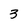
Character: 3